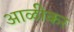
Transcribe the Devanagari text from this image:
आळीकर